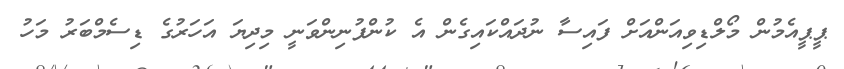
ޕީޕީއެމުން މޯލްޑިވިއަންއަށް ފައިސާ ނުދައްކައިގެން އެ ކުންފުނިންވަނީ މިދިޔަ އަހަރުގެ ޑިސެމްބަރު މަހު